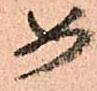
め